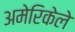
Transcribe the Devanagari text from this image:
अमेरिकेले